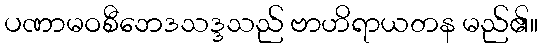
ပဏာမဝစီဘေဒသဒ္ဒသည် ဗာဟိရာယတန မည်၏။